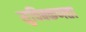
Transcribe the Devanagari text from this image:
सुचिक्कणता